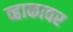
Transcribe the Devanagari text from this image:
व्हाकावर